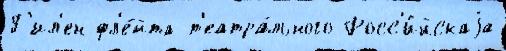
Г'ил'ен фл'е́йта т'еатра́льного Росс'и́йскаjа